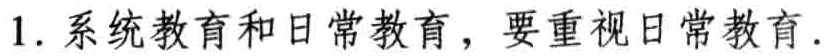
1. 系统教育和日常教育，要重视日常教育.